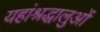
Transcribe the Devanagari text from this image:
यहांश्रद्धालुओं